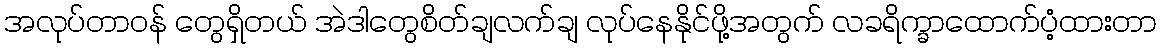
အလုပ်တာဝန် တွေရှိတယ် အဲဒါတွေစိတ်ချလက်ချ လုပ်နေနိုင်ဖို့အတွက် လခရိက္ခာထောက်ပံ့ထားတာ